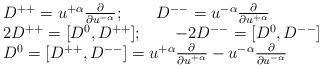
LaTeX: \begin{align*}\begin{array}{lcr}D^{++}=u^{+ \alpha}{\partial\over{\partial u^{-\alpha}}};\qquad D^{--}=u^{- \alpha}{\partial\over{\partial u^{+\alpha}}}\\2D^{++}=[D^0,D^{++}];\qquad -2D^{--}=[D^0,D^{--}]\\D^0=[D^{++},D^{--}]=u^{+ \alpha}{\partial\over{\partial u^{+\alpha}}}-u^{- \alpha}{\partial\over{\partial u^{-\alpha}}}\end{array}\end{align*}